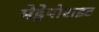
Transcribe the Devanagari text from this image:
मेड्रेपोराइट